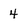
Character: 4